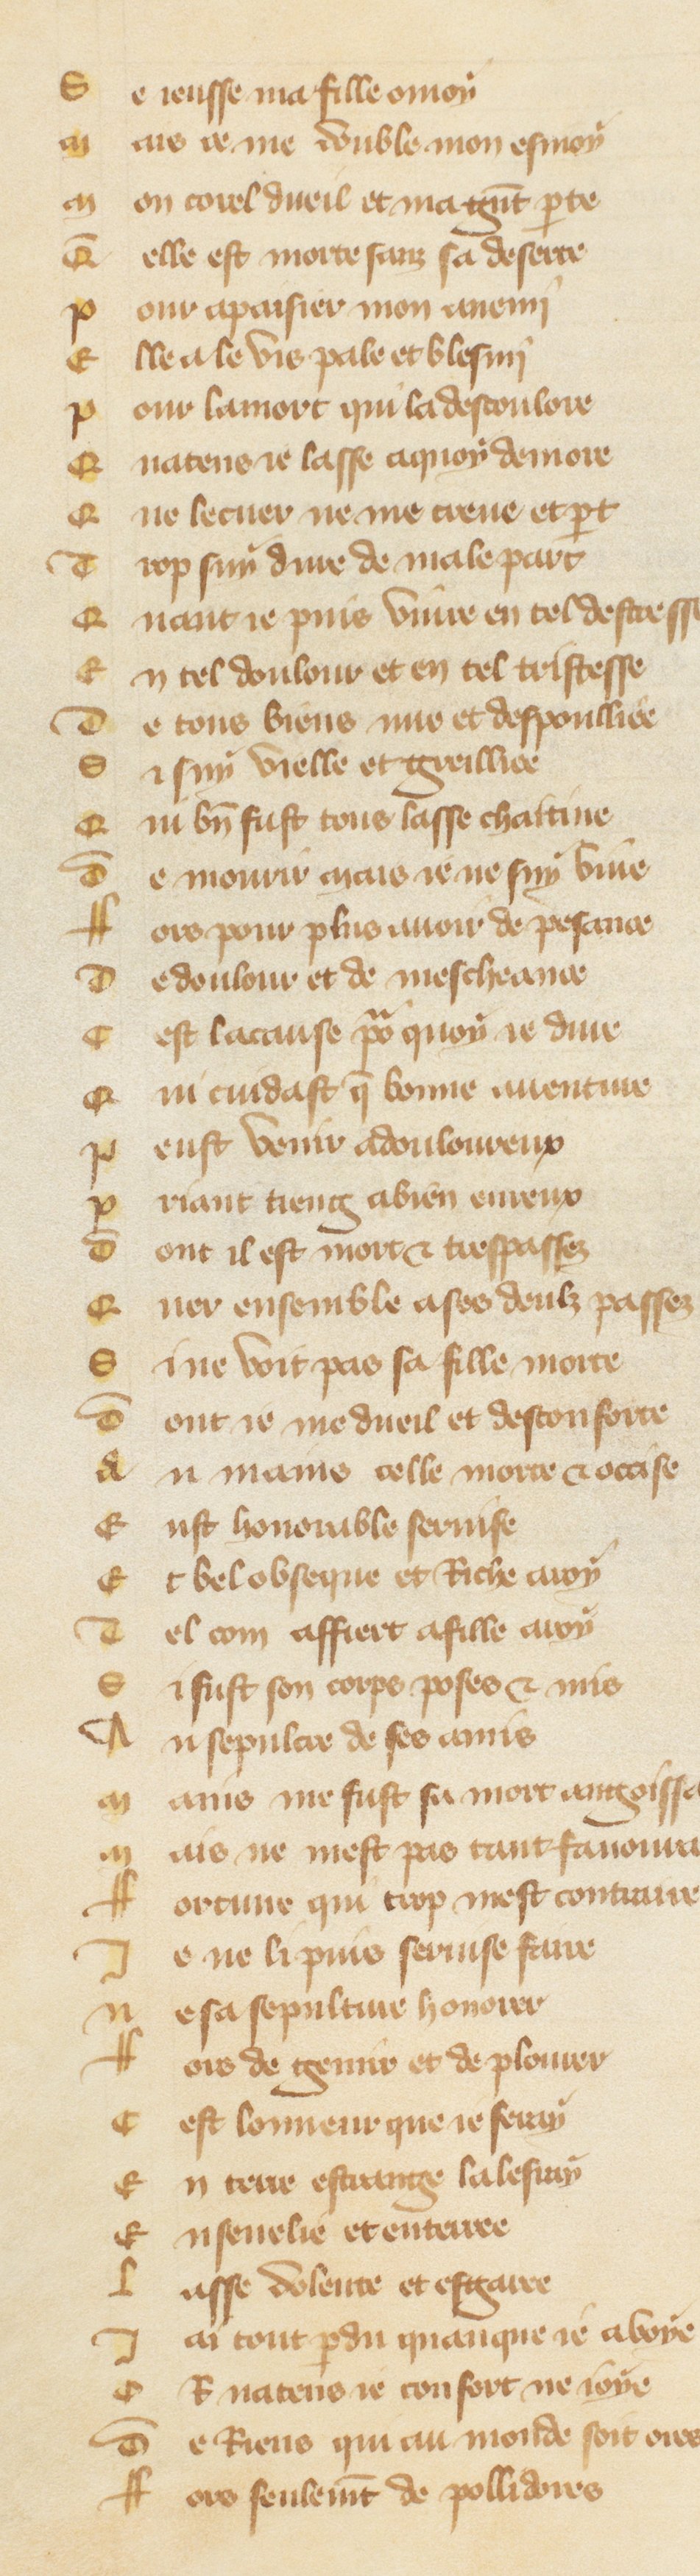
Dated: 1380–1390